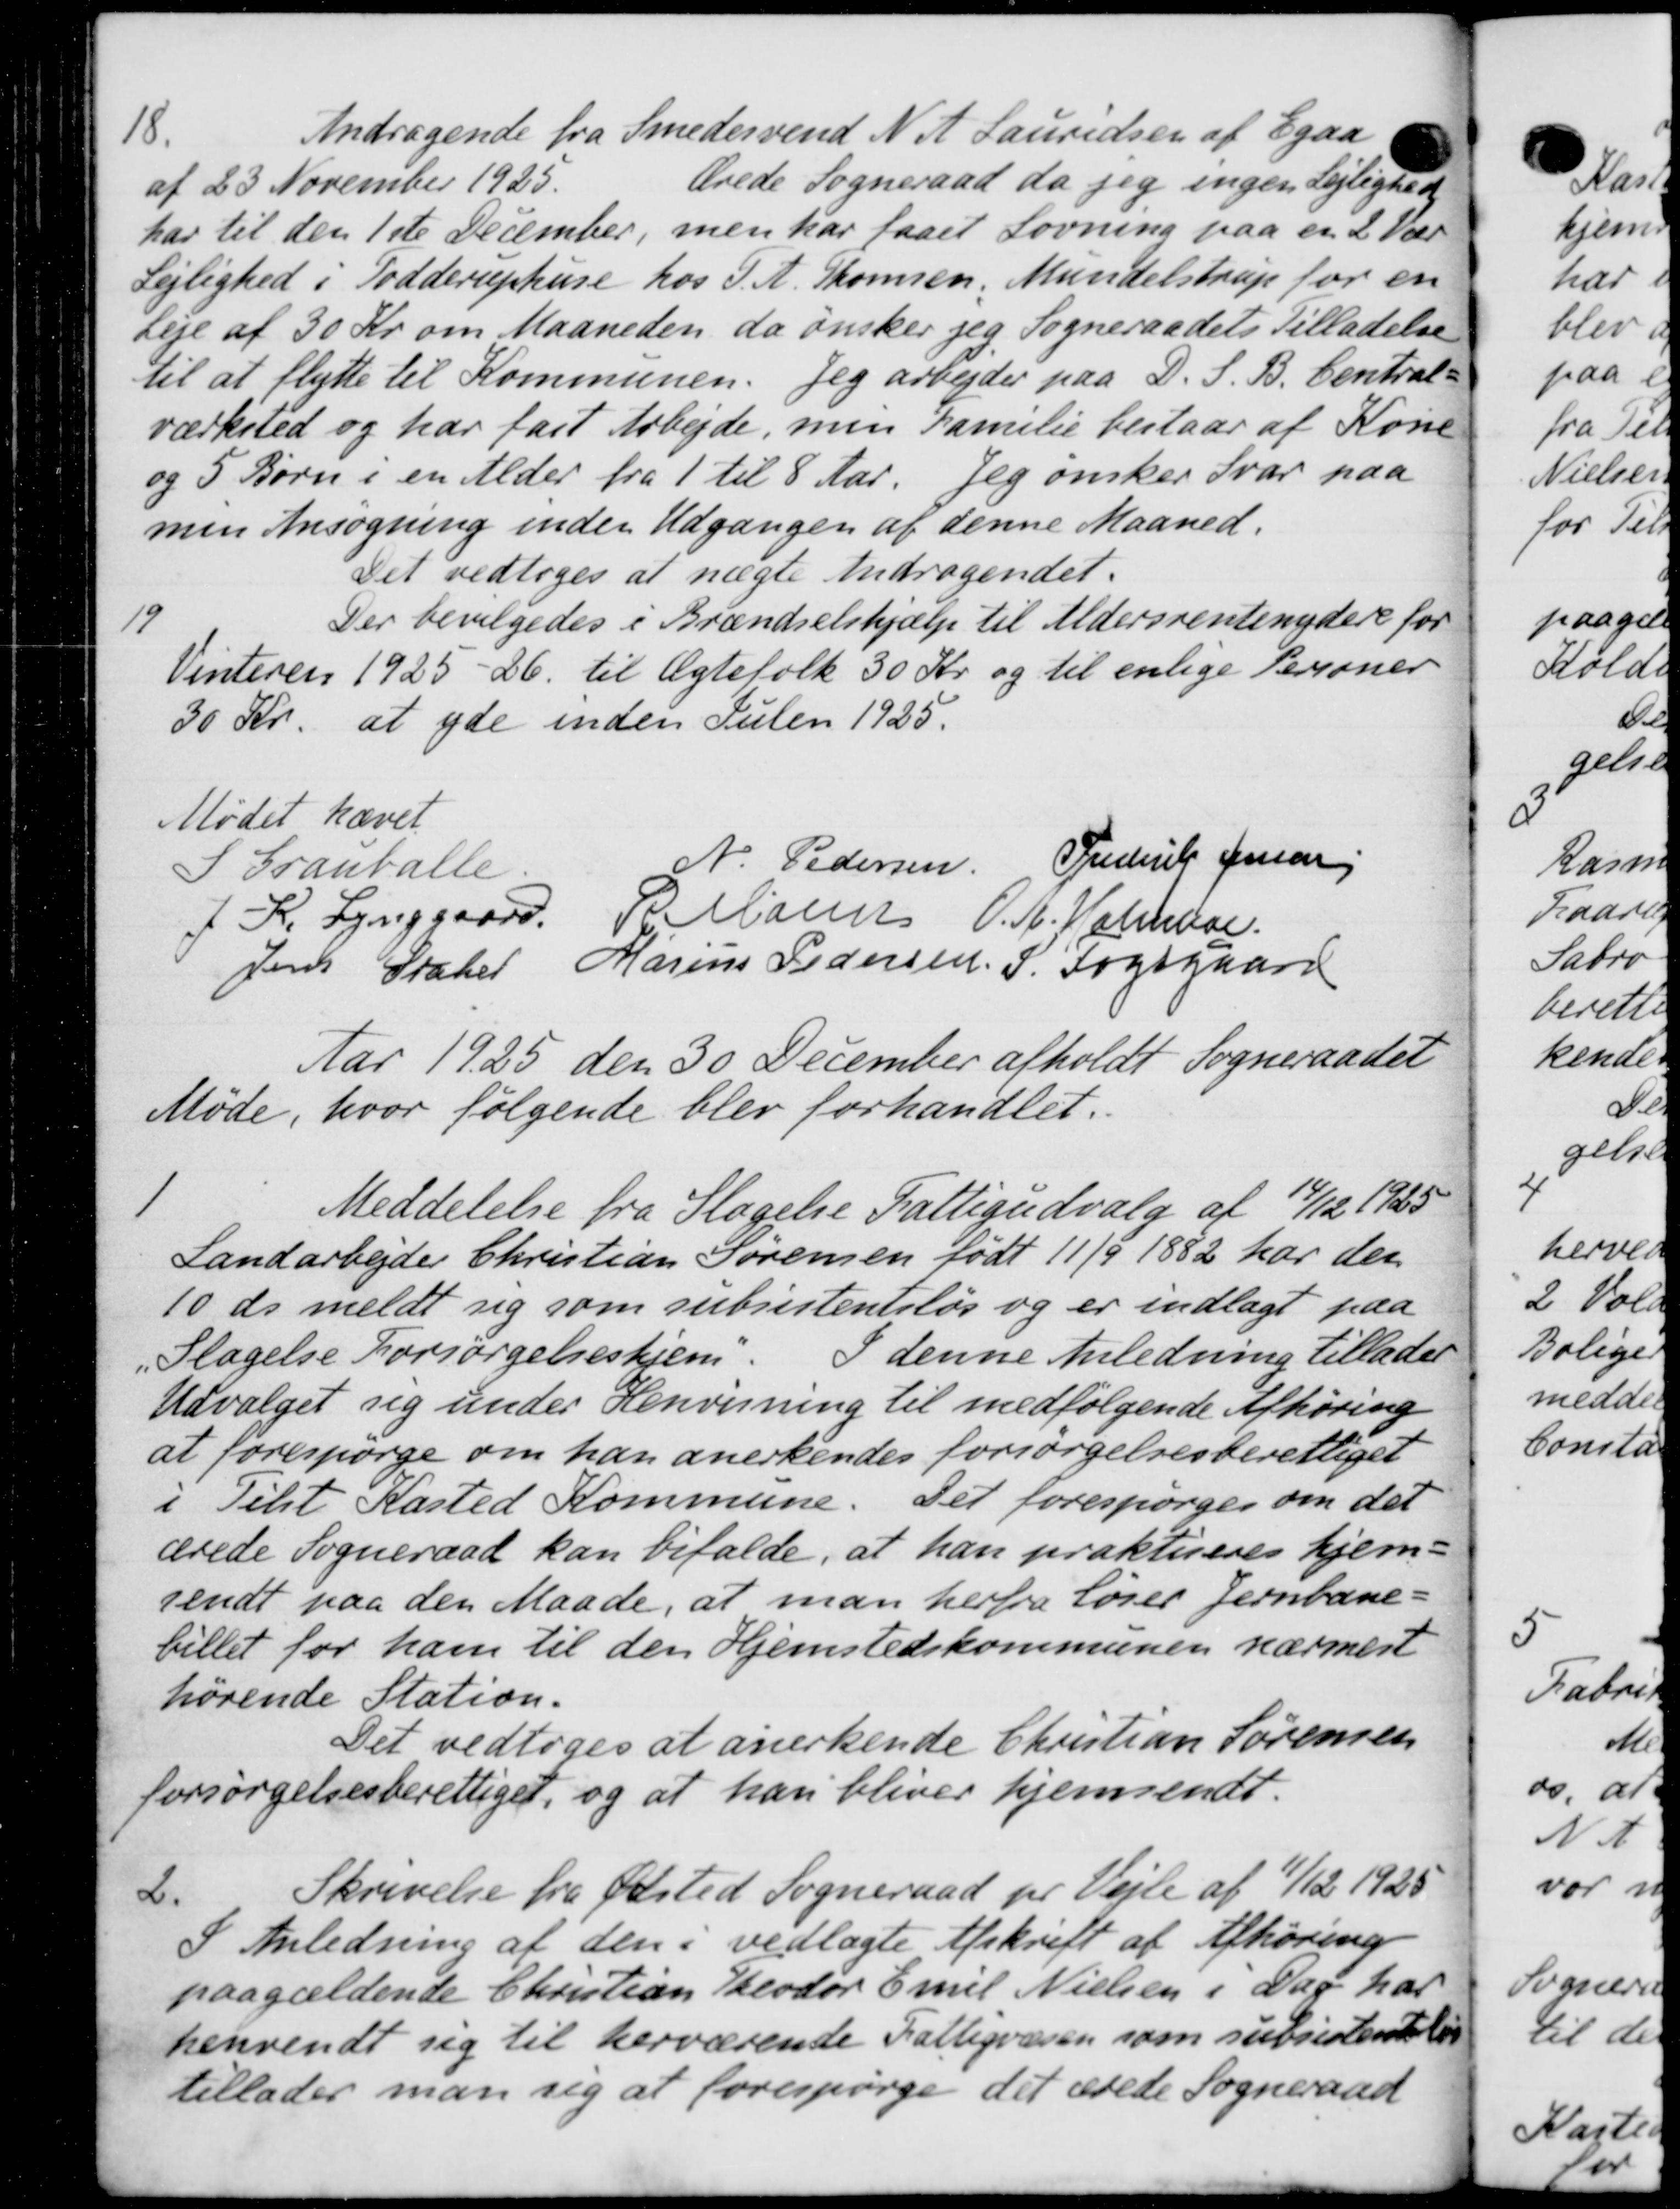
Transskription:
18.
Andragende fra Smedesvend N. A. Lauridsen af Egaa
af 23 November 1925.
bede Sogneraad da jeg ingen lejlighed
har til den 1ste December, men har faaet Lovning paa en 2 Vær
Lejlighed i Todderuphuse hos J. A. Thomsen, Mundelstrup for en
Leje af 30 Kr om Maaneden da ønsker jeg Sogneraadets Tilladelse
til at flytte til Kommunen. Jeg arbejder paa D. S. B. Central-
værksted og har fast Arbejde, min Familie bestaar af Kone
og 5 Børn i en Alder fra 1 til 8 Aar. Jeg ønsker Svar paa
men Ansøgning inden Udgangen af denne Maaned.
Det vedtoges at nægte Andragendet.
19
Der bevilgedes i Brændselshjælp til Aldersrentenydere for
Vinteren 1925-26. til Ægtefolk 30 Kr. og til enlige Personer
30 Kr. at yde inden Julen 1925.
Mødet hævet
I Granballe
N. Pedersen Frederik Jensen
I R. Lynggaard P. Maren O. A. Holmboe
Jens Stater Marius Pedersen. S. Fogsgaard
Aar 1925 den 30 December afholdt Sogneraadet
Møde, hvor følgende blev forhandlet.

Meddelelse fra Slagelse Fattigudvalg af 14/12 1925
Landarbejder Christian Sørensen født 11/9 1882 har der
10 ds meldt sig som subsistentsløs og er indlagt paa
I denne Anledning tillader
Slagelse Forsørgelseshjem.
Udvalget sig under Henvisning til medfølgende Afhøring
at forespørge om han anerkendes forsørgelsesberettiget
i Tilst Kasted Kommune. Det forespørges om det
ærede Sogneraad kan bifalde, at han praktiseres hjem-
sendt paa den Maade, at man herfra løser Jernbane-
billet for ham til den Hjemstedskommunen nærmere
hørende Station.
Det vedtoges at anerkende Christian Sørensen
forsørgelsesberettiget, og at han bliver hjemsendt.
2.
Skrivelse fra Ølsted Sogneraad pr Vejle af 11/12 1925
I Anledning af den i vedlagte Afskrift af Afhøring
paagældende Christian Theodor Emil Nielsen i Dag har
henvendt sig til herværende Fattigvæsen som subsistentelis
tillader man sig at forespørge det ærede Sogneraad